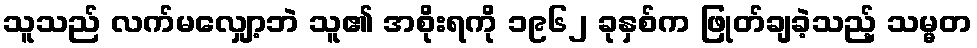
သူသည် လက်မလျှော့ဘဲ သူ၏ အစိုးရကို ၁၉၆၂ ခုနှစ်က ဖြုတ်ချခဲ့သည့် သမ္မတ